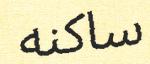
ساكنه